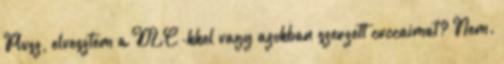
Plusz, elvesztem a DLC-kkel vagy azokban szerzett cuccaimat? Nem.